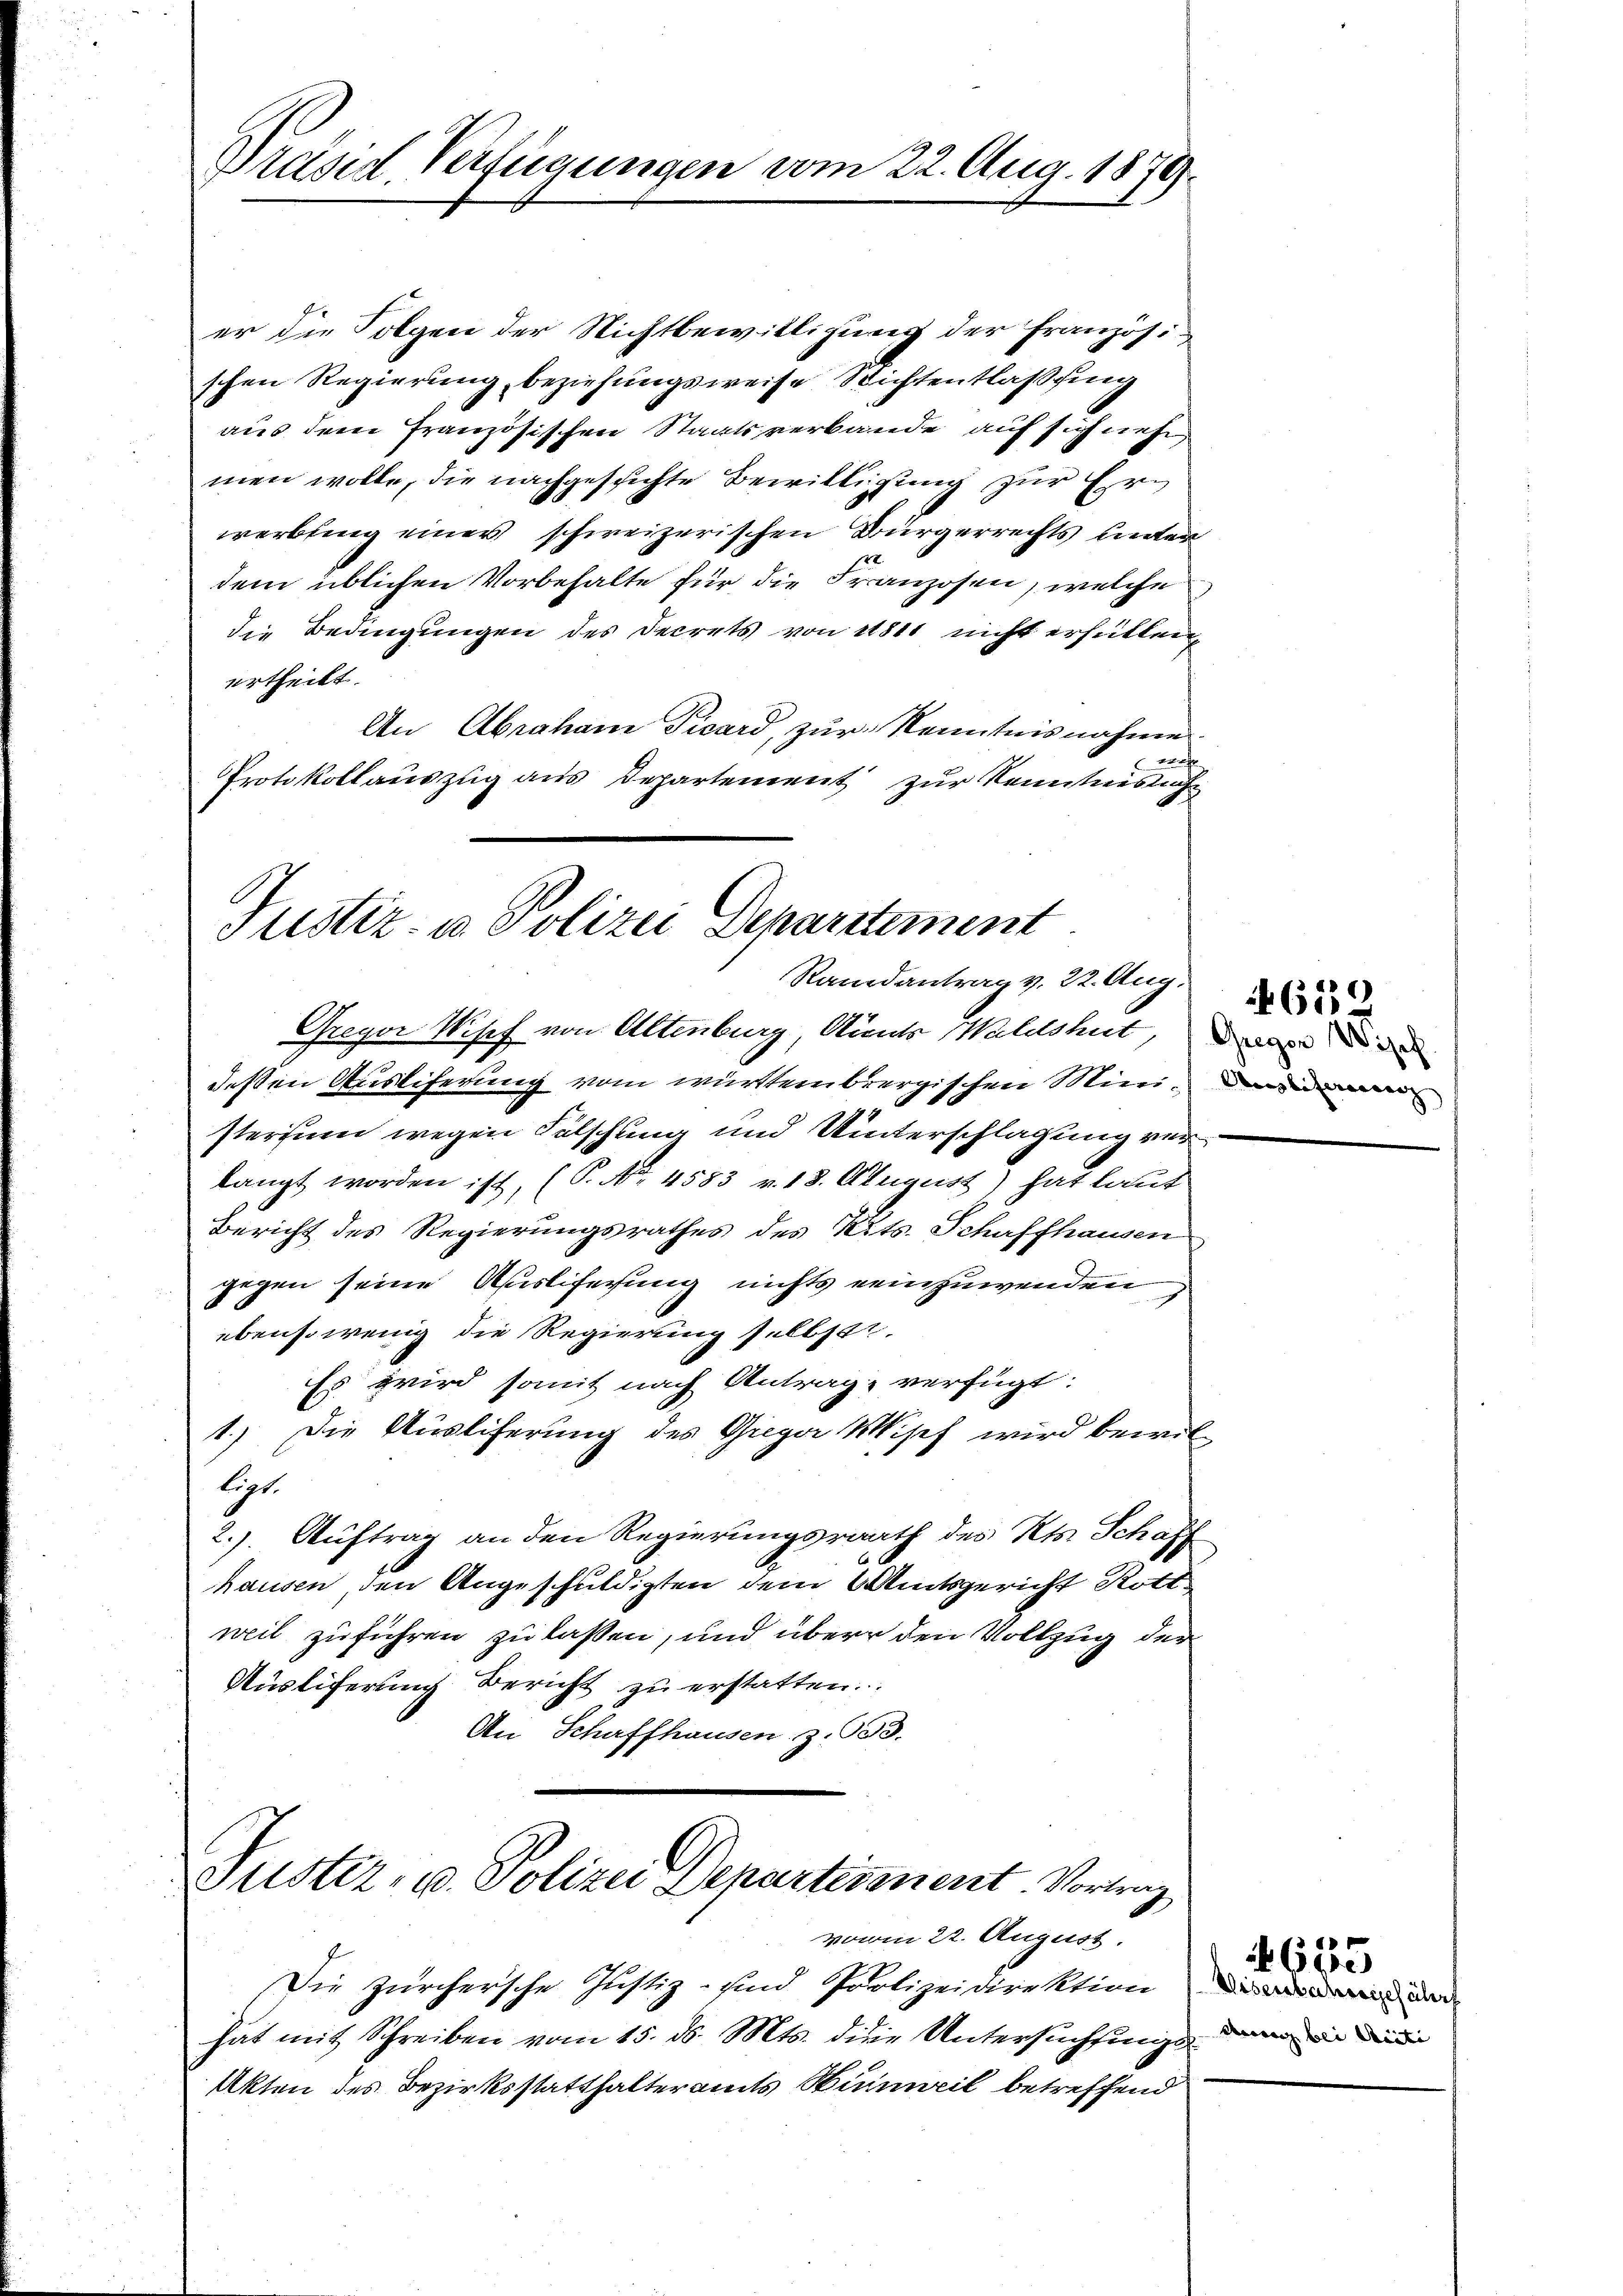
Präsid. Verfügungen vom 22. Aug. 1879.

er die Folgen der Nichtbewilligung der Französi
schen Regierung, beziehungsweise Richtentlaßung
aus dem französischen Staatsverbande auf sich nehm
men wolle, die nachgesichte Bewilligung zur Erwerbling einer schweizerischen Bürgerrechts bieter
2
dem üblichen Vorbehalte für die Franzosen, welche
die Bedingungen des Decrets von 1811 nicht erhütten
ertheilt.
An Abraham Vicard, zur Kenntnisnahme.
verste
Protokollauszug aus Departement zur Kenntnissich

Justiz- u Polizei Departement
Randantrag v. 22. Aug.
Greyer Wipf von Altenburg, Anmts Waldshut, we

dessen Ausliferung vom württembergischen Mini, dami
sterium wegen Fälschung und Unterschlagung verlangt worden ist, (P. No. 4583 v. 18. August) hat laut
Bericht des Regierungsrathes des Kts. Schaffhausen
gegen seine Auslieferung nichts einzuwenden,
ebensowenig die Regierung selbst.
Es wird somit nach Antrag verfügt:
1.) Die Ausliferung des Gieger Wisch wird bewilligt.
2.). Auftrag an den Regierungsrath des Kts. Schaff
hausen, den Angeschuldigten dem Amtsgericht Rott
weil zuführen zu lassen, und über den Vollzug der
Ausliferung Bericht zu erstatten.
An Schaffhausen. Z. 333.

Tuster- u. Polizei Departetenent Vortrag
vonm 22. August.

Die Zürchersche Justiz- und Polizeidirektion
hat mit Schreiben vom 15. ds. Mts. die Untersuchtung der ein
Akten des Bezirksstatthalteramts Hinweil betreffend

4652

Wisenbahngefährt

1635